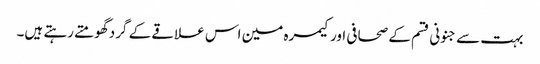
بہت سے جنونی قسم کے صحافی اور کیمرہ مین اس علاقے کے گرد گھومتے رہتے ہیں۔